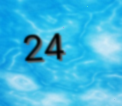
24